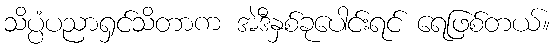
သိပ္ပံပညာရှင်သိတာက အဲဒီနှစ်ခုပေါင်းရင် ရေဖြစ်တယ်။